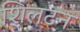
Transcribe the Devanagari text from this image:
शिलटन